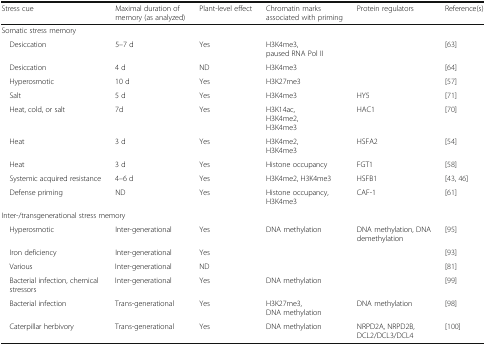
<table><thead><tr><td><b>Stress cue</b></td><td><b>Maximal duration of memory (as analyzed)</b></td><td><b>Plant-level effect</b></td><td><b>Chromatin marks associated with priming</b></td><td><b>Protein regulators</b></td><td><b>Reference(s)</b></td></tr></thead><tbody><tr><td colspan="6">Somatic stress memory</td></tr><tr><td> Desiccation</td><td>5–7 d</td><td>Yes</td><td>H3K4me3,paused RNA Pol II</td><td></td><td>[63]</td></tr><tr><td> Desiccation</td><td>4 d</td><td>ND</td><td>H3K4me3</td><td></td><td>[64]</td></tr><tr><td> Hyperosmotic</td><td>10 d</td><td>Yes</td><td>H3K27me3</td><td></td><td>[57]</td></tr><tr><td> Salt</td><td>5 d</td><td>Yes</td><td>H3K4me3</td><td>HY5</td><td>[71]</td></tr><tr><td> Heat, cold, or salt</td><td>7d</td><td>Yes</td><td>H3K14ac,H3K4me2,H3K4me3</td><td>HAC1</td><td>[70]</td></tr><tr><td> Heat</td><td>3 d</td><td>Yes</td><td>H3K4me2,H3K4me3</td><td>HSFA2</td><td>[54]</td></tr><tr><td> Heat</td><td>3 d</td><td>Yes</td><td>Histone occupancy</td><td>FGT1</td><td>[58]</td></tr><tr><td> Systemic acquired resistance</td><td>4–6 d</td><td>Yes</td><td>H3K4me2, H3K4me3</td><td>HSFB1</td><td>[43, 46]</td></tr><tr><td> Defense priming</td><td>ND</td><td>Yes</td><td>Histone occupancy,H3K4me3</td><td>CAF-1</td><td>[61]</td></tr><tr><td colspan="6">Inter-/transgenerational stress memory</td></tr><tr><td> Hyperosmotic</td><td>Inter-generational</td><td>Yes</td><td>DNA methylation</td><td>DNA methylation, DNA demethylation</td><td>[95]</td></tr><tr><td> Iron deficiency</td><td>Inter-generational</td><td>Yes</td><td></td><td></td><td>[93]</td></tr><tr><td> Various</td><td>Inter-generational</td><td>ND</td><td></td><td></td><td>[81]</td></tr><tr><td> Bacterial infection, chemical stressors</td><td>Inter-generational</td><td>Yes</td><td>DNA methylation</td><td></td><td>[99]</td></tr><tr><td> Bacterial infection</td><td>Trans-generational</td><td>Yes</td><td>H3K27me3,DNA methylation</td><td>DNA methylation</td><td>[98]</td></tr><tr><td> Caterpillar herbivory</td><td>Trans-generational</td><td>Yes</td><td>DNA methylation</td><td>NRPD2A, NRPD2B,DCL2/DCL3/DCL4</td><td>[100]</td></tr></tbody></table>